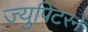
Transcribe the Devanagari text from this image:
ज्युपिटरने